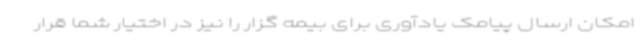
امکان ارسال پیامک یادآوری برای بیمه گزار را نیز در اختیار شما قرار